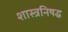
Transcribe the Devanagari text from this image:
शास्त्रनिषद्ध